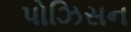
પોઝિસન